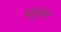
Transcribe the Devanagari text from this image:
बागुआ